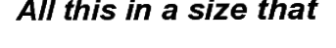
All this in a size that